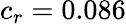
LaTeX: c_{r}=0.086